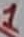
Text: 1